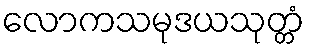
လောကသမုဒယသုတ္တံ